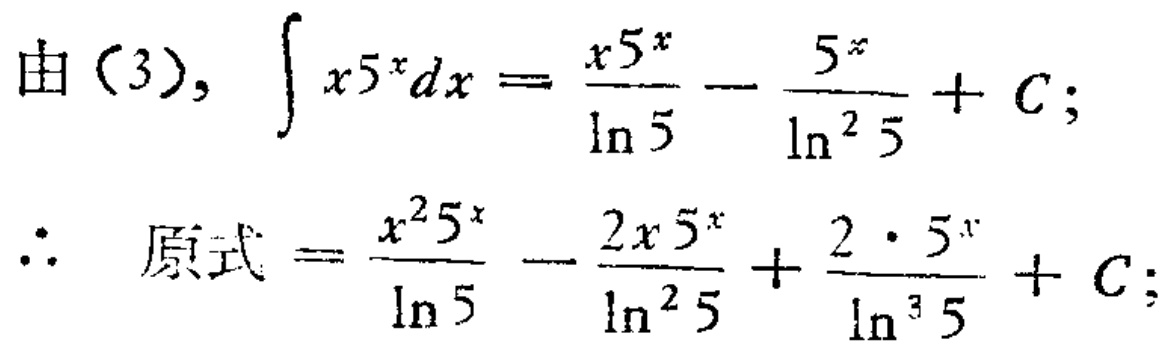
由（3）, \(\int x5^{x}dx = \frac{x5^{x}}{\ln 5} - \frac{5^{x}}{\ln^{2} 5} + C\);

\(\therefore\) 原式 \(= \frac{x^{2}5^{x}}{\ln 5} - \frac{2x5^{x}}{\ln^{2} 5} + \frac{2\cdot 5^{x}}{\ln^{3} 5} + C\);